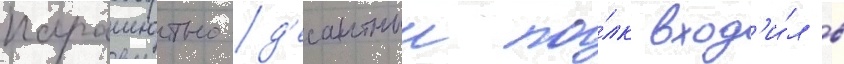
парашютно-д'есантныи по́лк вход'и́л в